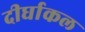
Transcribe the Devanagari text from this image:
दीर्घाकल